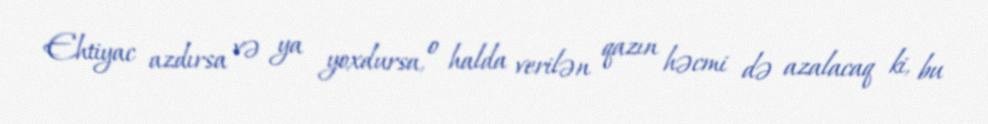
Ehtiyac azdırsa və ya yoxdursa, o halda verilən qazın həcmi də azalacaq ki, bu